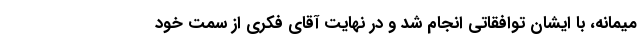
میمانه، با ایشان توافقاتی انجام شد و در نهایت آقای فکری از سمت خود